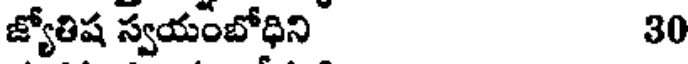
జ్యోతిష స్వయంబోధిని 30